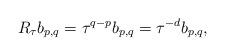
LaTeX: \begin{align*}R_\tau b_{p,q} = \tau^{q-p} b_{p,q}=\tau^{-d}b_{p,q},\end{align*}